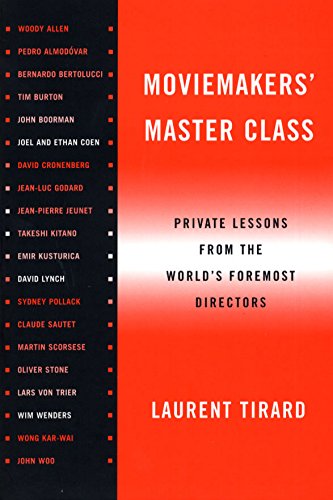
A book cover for Moviemakers' Master Class: Private Lessons from the World's Foremost Directors; Laurent Tirard; Humor & Entertainment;